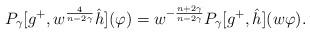
LaTeX: \begin{align*}P_\gamma[g^+,w^{\frac{4}{n-2\gamma}}\hat{h}](\varphi)=w^{-\frac{n+2\gamma}{n-2\gamma}}P_\gamma[g^+,\hat{h}](w\varphi).\end{align*}